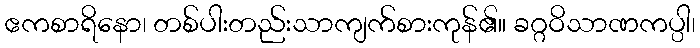
ဧကစာရိနော၊ တစ်ပါးတည်းသာကျက်စားကုန်၏။ ခဂ္ဂဝိသာဏကပ္ပါ၊